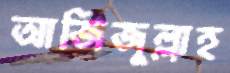
আজিজুল্লাহ